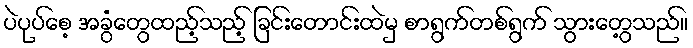
ပဲပုပ်စေ့ အခွံတွေထည့်သည့် ခြင်းတောင်းထဲမှ စာရွက်တစ်ရွက် သွားတွေ့သည်။